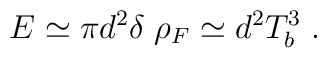
E \simeq \pi d^2 \delta \; \rho_F \simeq d^2 T_b^3 \; .